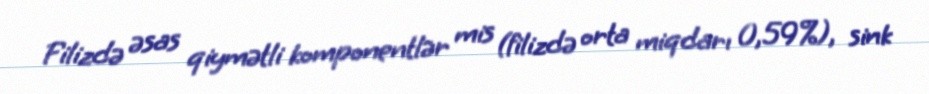
Filizdə əsas qiymətli komponentlər mis (filizdə orta miqdarı 0,59%), sink